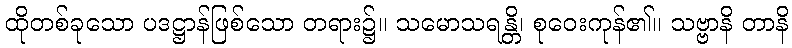
ထိုတစ်ခုသော ပဒဋ္ဌာန်ဖြစ်သော တရား၌။ သမောသရန္တိ၊ စုဝေးကုန်၏။ သဗ္ဗာနိ တာနိ